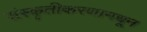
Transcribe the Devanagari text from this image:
संस्कृतीकरणामधून